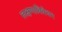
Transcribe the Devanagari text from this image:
लक्षणाविवेचन